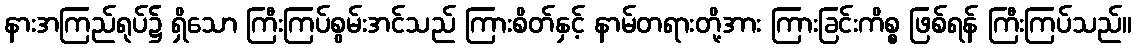
နားအကြည်ရုပ်၌ ရှိသော ကြီးကြပ်စွမ်းအင်သည် ကြားစိတ်နှင့် နာမ်တရားတို့အား ကြားခြင်းကိစ္စ ဖြစ်ရန် ကြီးကြပ်သည်။